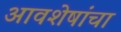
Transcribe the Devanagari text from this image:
आवशेषांचा